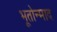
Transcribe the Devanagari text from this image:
भूतोन्माद